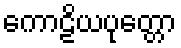
ကောဠိယပုတ္တော